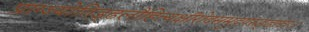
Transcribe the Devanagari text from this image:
प्राग्ज्योतिड्ढलौहित्यक्षीरोदसमुद्रपरुड्ढादाः।